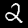
Digit: 2